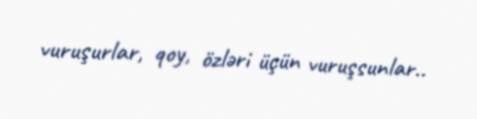
vuruşurlar, qoy, özləri üçün vuruşsunlar..